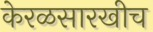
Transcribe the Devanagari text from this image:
केरळसारखीच